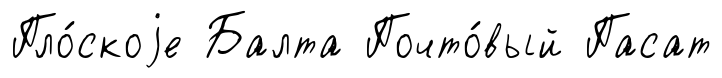
Пло́скоjе Балта Почто́вый Пасат